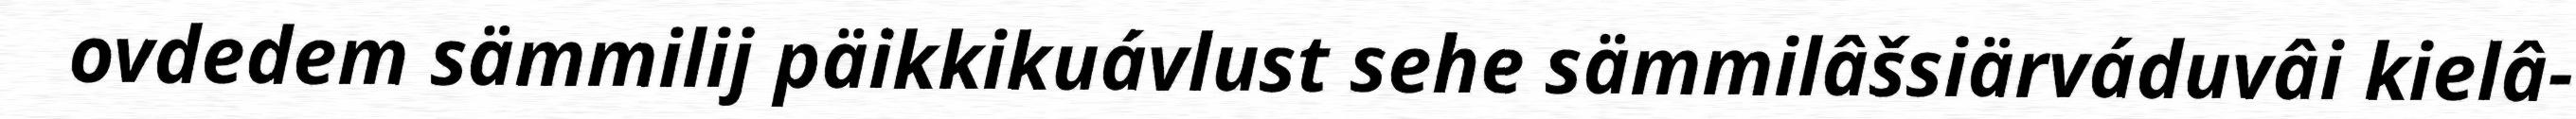
ovdedem sämmilij päikkikuávlust sehe sämmilâšsiärváduvâi kielâ-